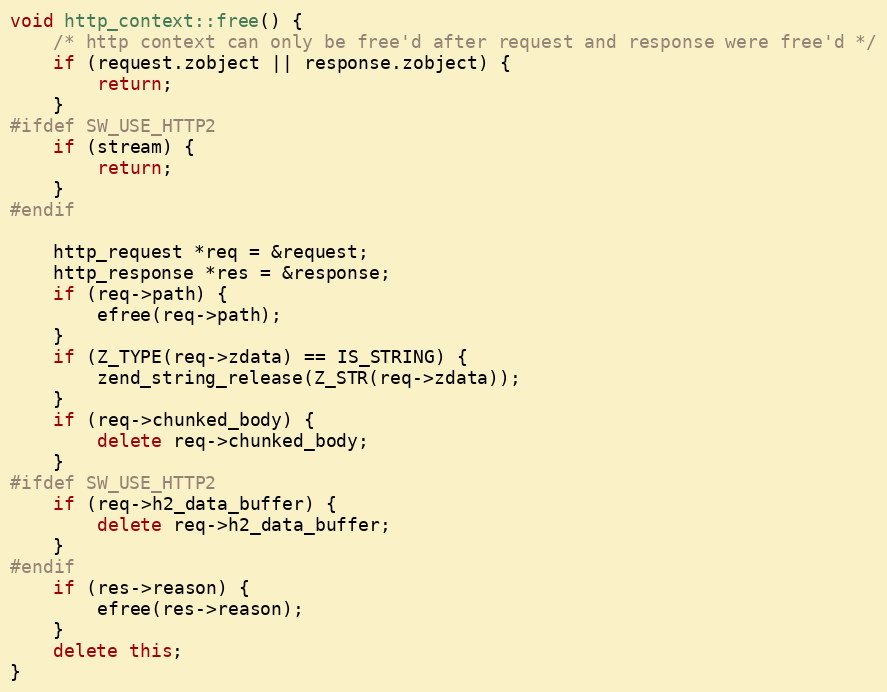
Language: C++
void http_context::free() {
    /* http context can only be free'd after request and response were free'd */
    if (request.zobject || response.zobject) {
        return;
    }
#ifdef SW_USE_HTTP2
    if (stream) {
        return;
    }
#endif

    http_request *req = &request;
    http_response *res = &response;
    if (req->path) {
        efree(req->path);
    }
    if (Z_TYPE(req->zdata) == IS_STRING) {
        zend_string_release(Z_STR(req->zdata));
    }
    if (req->chunked_body) {
        delete req->chunked_body;
    }
#ifdef SW_USE_HTTP2
    if (req->h2_data_buffer) {
        delete req->h2_data_buffer;
    }
#endif
    if (res->reason) {
        efree(res->reason);
    }
    delete this;
}